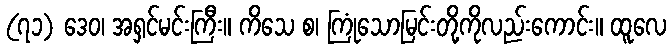
(၇၁) ဒေဝ၊ အရှင်မင်းကြီး။ ကိသေ စ၊ ကြုံသောမြင်းတို့ကိုလည်းကောင်း။ ထူလေ